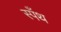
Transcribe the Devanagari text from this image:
स्पँथ